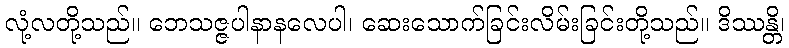
လုံ့လတို့သည်။ ဘေသဇ္ဇပါနာနလေပါ၊ ဆေးသောက်ခြင်းလိမ်းခြင်းတို့သည်။ ဒိဿန္တိ၊